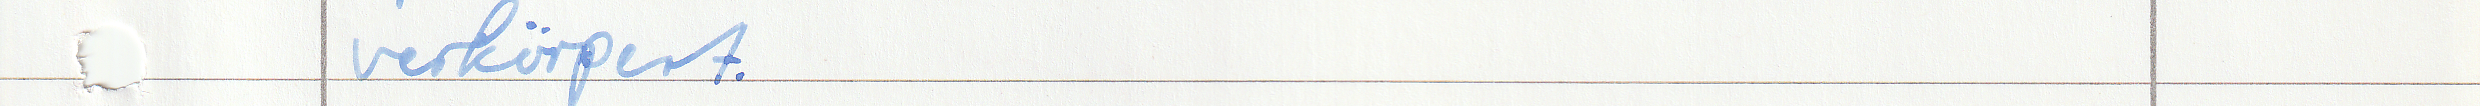
verkörpert.